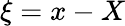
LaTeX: \xi=x-X